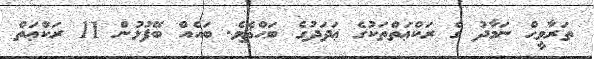
ތަރާވީޙް ނަމާދު ގެ ރަކްޢަތްތަކުގެ ޢަދަދުގެ ބަޙްޘެވެ. ބައެއް ބޭފުޅުން 11 ރަކްޢަތް